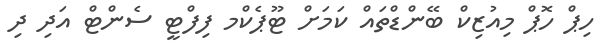
ހިޕް ހޮޕް މިއުޒިކް ބޭންޑްތައް ކަމަށް ޓޫޕެކްމ ފިފްޓީ ސެންޓް އަދި ދި